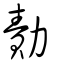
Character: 勣